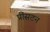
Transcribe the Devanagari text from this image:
प्रींसटन